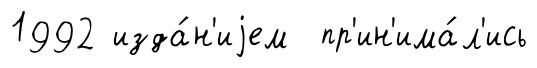
1992 изда́н'иjем пр'ин'има́л'ись